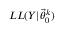
L L ( Y | \vec { \theta } _ { 0 } ^ { k } )